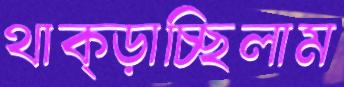
থাক্‌ড়াচ্ছিলাম